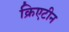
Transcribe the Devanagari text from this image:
क्रिएटीन